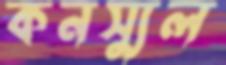
কনস্যুল